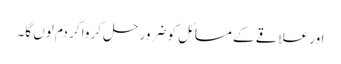
اور علاقے کے مسائل کو ضرور حل کروا کر دم لوں گا۔